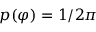
p ( \varphi ) = 1 / 2 \pi